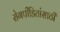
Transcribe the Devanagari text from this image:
रोगपीडितांसाठी